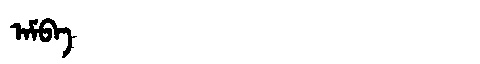
Manchu: ᠠᠮᠪᠠ
Romanization: AMBA